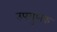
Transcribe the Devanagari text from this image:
उपगुणक